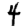
Digit: 4